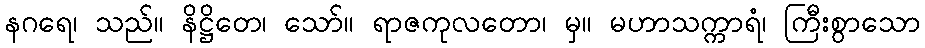
နဂရေ၊ သည်။ နိဋ္ဌိတေ၊ သော်။ ရာဇကုလတော၊ မှ။ မဟာသက္ကာရံ၊ ကြီးစွာသော